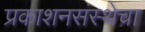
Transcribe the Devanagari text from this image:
प्रकाशनसंस्थेचा